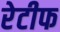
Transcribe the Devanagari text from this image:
रेटीफ